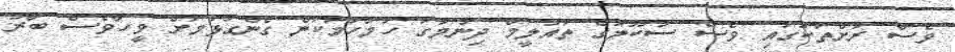
ވެސް ރަށްތަކުގައި ވެސް ސުކޫލުގެ ތައުލީމް ދިނުމުގަ ހަމަހަމަކަން ގެންގުޅުމަށް ވީހާވެސް ބާރު